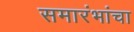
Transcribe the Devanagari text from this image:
समारंभांचा